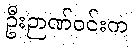
ဦးဉာဏ်ဝင်းက